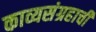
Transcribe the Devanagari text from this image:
काव्यसंग्रहाची